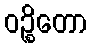
ဝဉ္စိတော